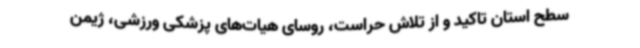
سطح استان تاکید و از تلاش حراست، روسای هیات‌های پزشکی ورزشی، ژیمن